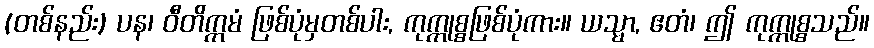
(တစ်နည်း) ပန၊ ဝီတိက္ကမံ ဖြစ်ပုံမှတစ်ပါး, ကုက္ကုစ္စဖြစ်ပုံကား။ ယသ္မာ, ဧတံ၊ ဤ ကုက္ကုစ္စသည်။